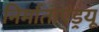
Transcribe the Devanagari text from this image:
निर्माताएंड्रयू